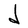
Character: d